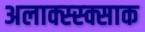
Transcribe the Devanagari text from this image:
अलाक्स्स्क्साक